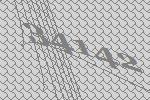
34142